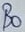
Text: B0